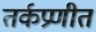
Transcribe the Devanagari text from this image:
तर्कप्रणीत